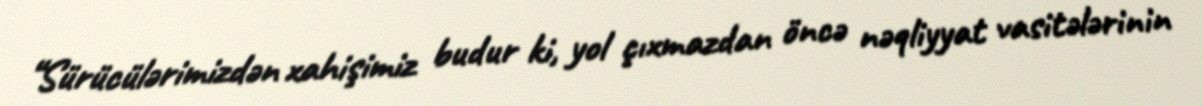
“Sürücülərimizdən xahişimiz budur ki, yol çıxmazdan öncə nəqliyyat vasitələrinin